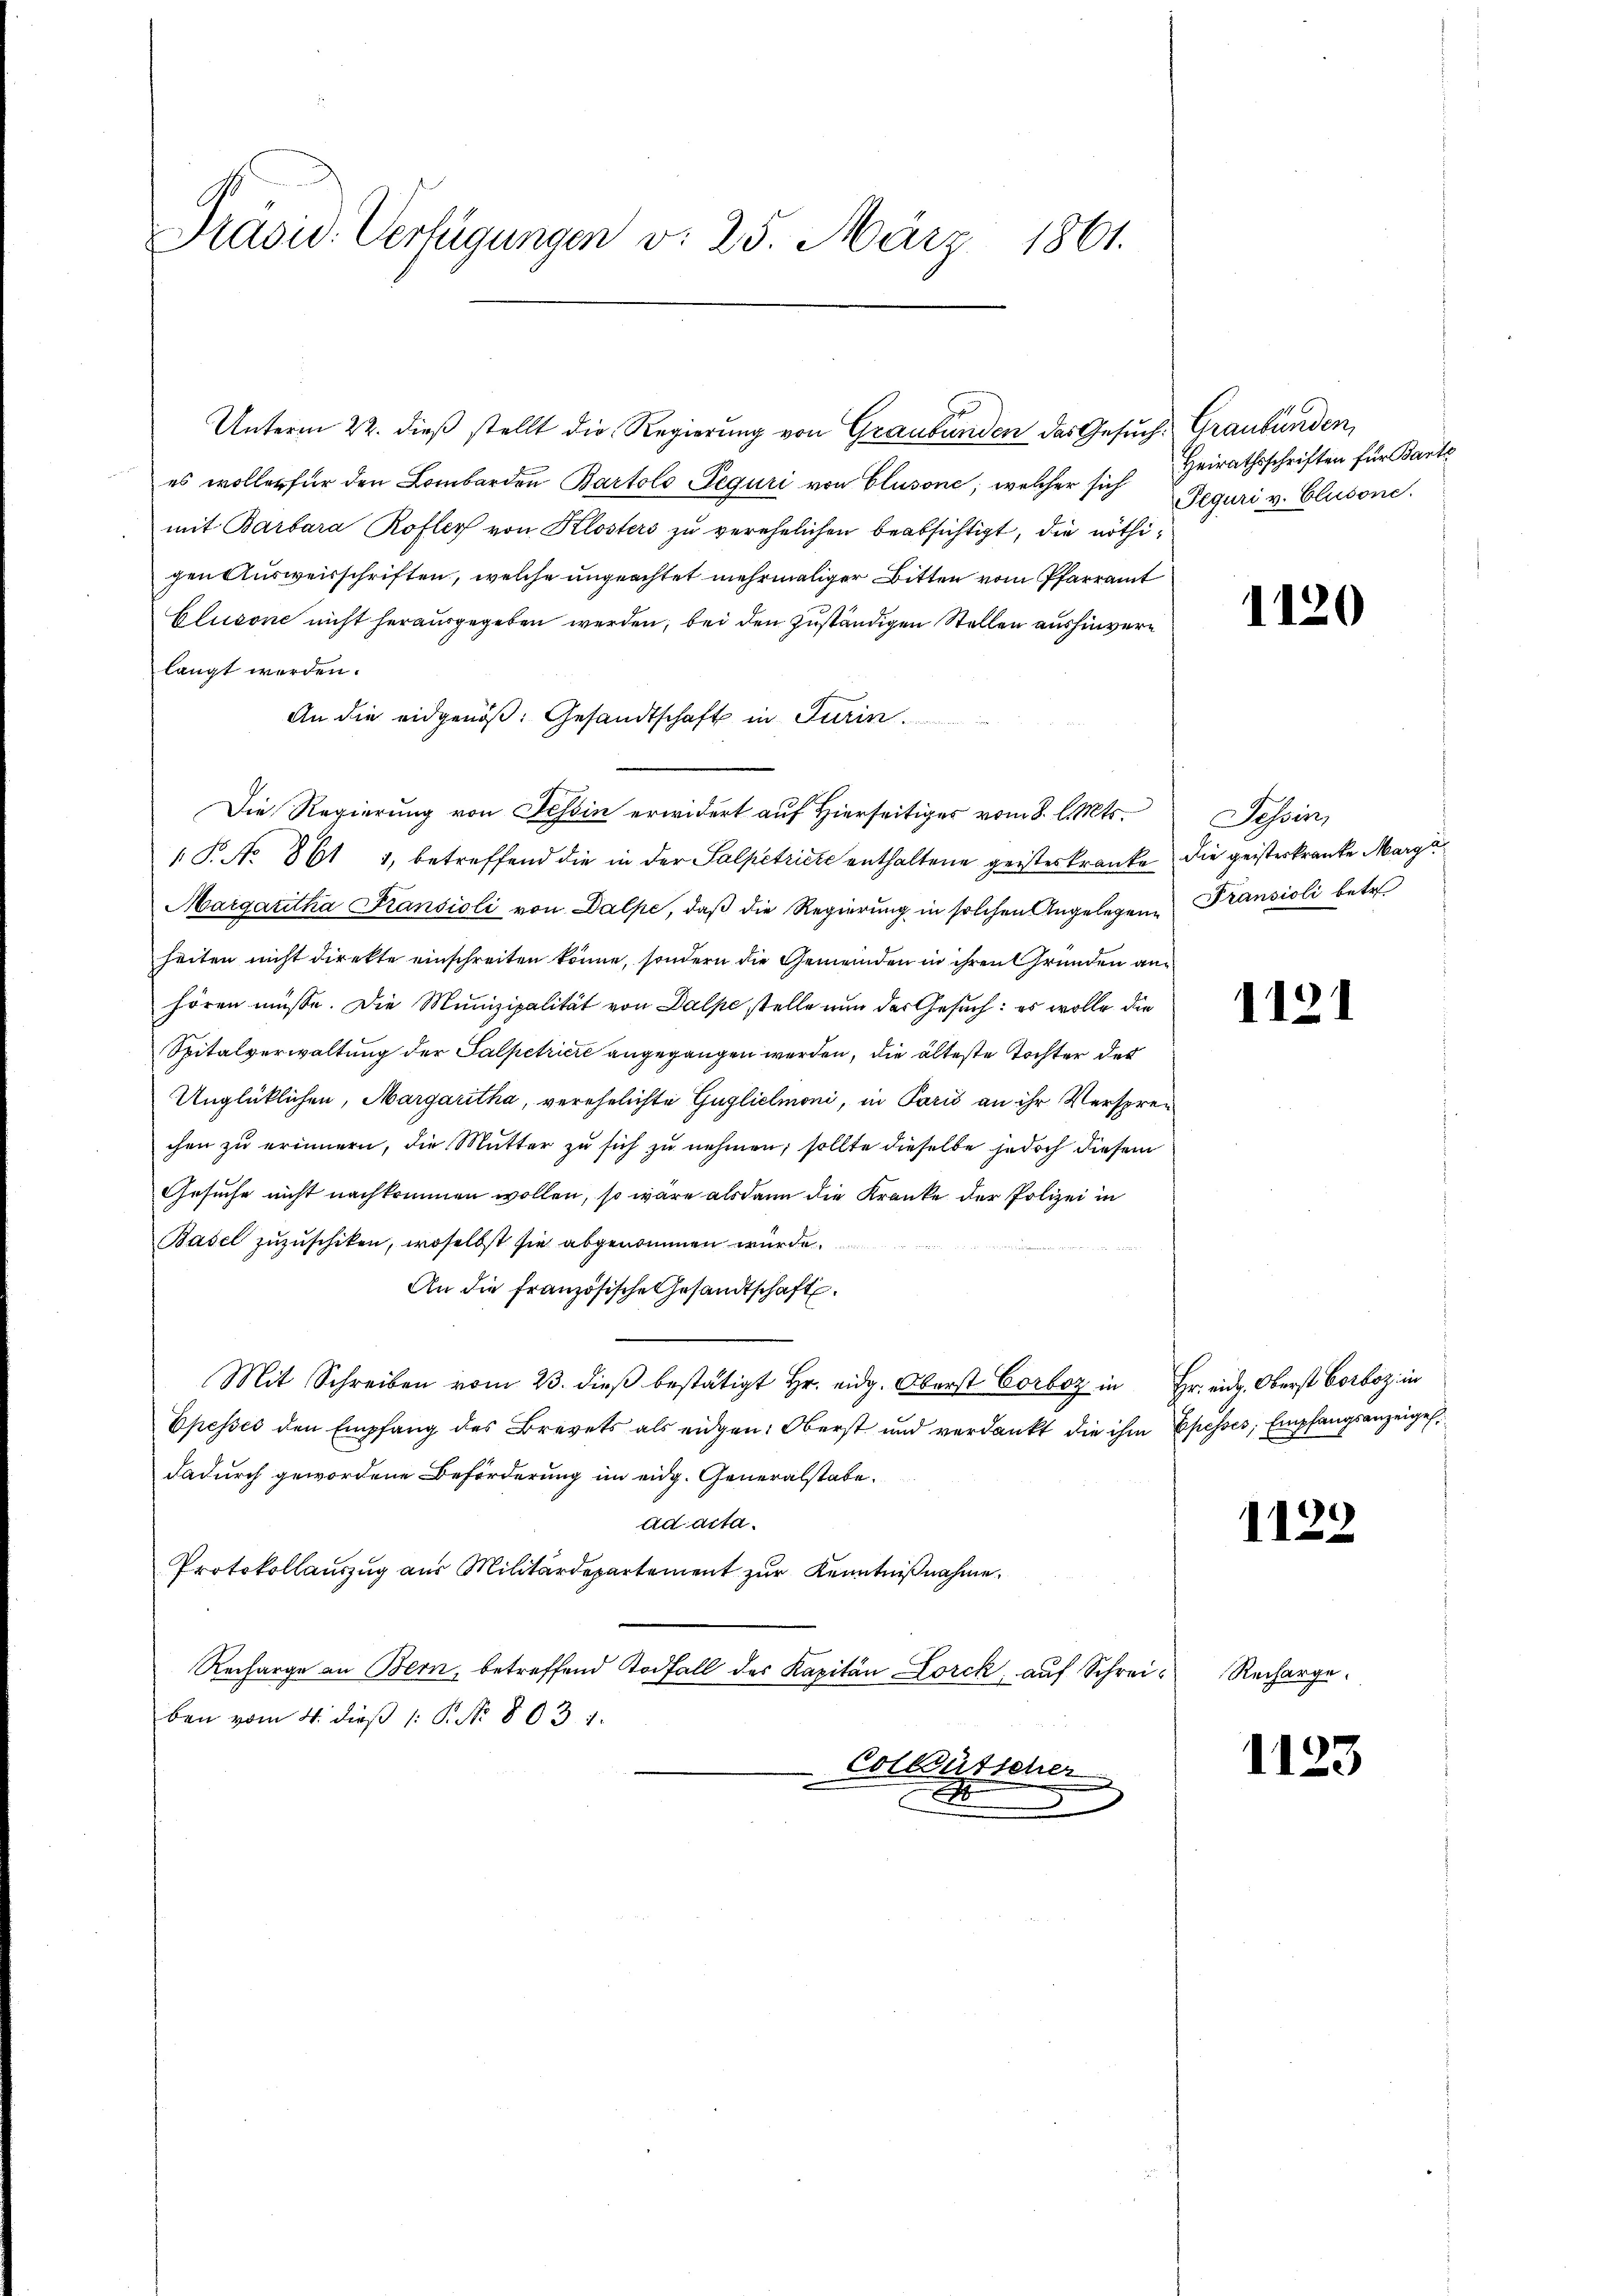
Präsid. Verfügungen v. 25. März 1861.

Unterm 22. dieß stellt die Regierung von Graubünden das Gesuch Graubünden,
es wollen für den Lombarden Bartolo Teguri von Clusone, welcher sich Reguri v. Clusone
mit Barbara Rofler von Klosters zu verehelichen beabsichtigt, die nöthigenausweisschriften, welche ungeachtet mehrmaliger Bitten vom Pfarramt
Elusone nicht herausgegeben werden, bei den zuständigen Stellen aushinverlangt werden.
An die eidgenöß: Gesandtschaft in Turin.
Die Regierung von Tessin erwidert auf Hierseitiges vom 8. l. Mts.
 P. No 861 1, betreffend die in der Salpetricte enthaltene geisteskranke die geisterkranke Marga¬
Margaritha Fransioli von Dalpe, daß die Regierung in solchen Angelegene Transioli betr
heiten nicht direkte einschreiten könne, sondern die Gemeinden in ihren Gründen anhören müsse. Die Munizipalität von Dalpe stelle nun der Gesuch: es wolle die
Spitalverwaltung der Salpetriere angegangen werden, die älteste Tochter des
Unglüklichen, Margaritha, verehelichte Guglieimoni, in Paris an ihr Versprechen zu erinnern, die Mutter zu sich zu nehmen; sollte dieselbe jedoch diesem
Gesuche nicht nachkommen wollen, so wäre alsdann die Kranke der Polizei in
Basel zuzuschiken, woselbst sie abgenommen würde.
An die französische Gesandtschaft.
Mit Schreiben vom 23. dieβ bestätigt Hr. eidg. Oberst Corb in Fr. eid. Oberst Corboz in
Epesses den Empfang des Brevets als eidgen: Oberst und verdankt die ihm Episses, Empfangsanzeigel
dadurch gewordene Beförderung im eidg. Generalstabe.
Addita
Protokollauszug aus Militärdepartement zur Kenntnißnahme.
Recharge an Bern, betreffend Todfall des Kapitän Lorck, auf Schreiben vom 4. dieß (: P. Nr. 803. 1.
Colleütscher
.

Heirathsschriften für Barte

1120

Tessin,

1121

1128

Recharge.

112

3